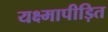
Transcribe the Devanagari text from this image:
यक्ष्मापीड़ित